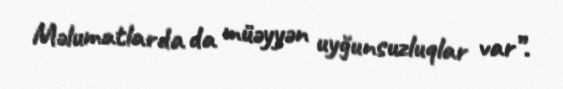
Məlumatlarda da müəyyən uyğunsuzluqlar var”.